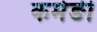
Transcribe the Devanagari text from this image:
कमेङी